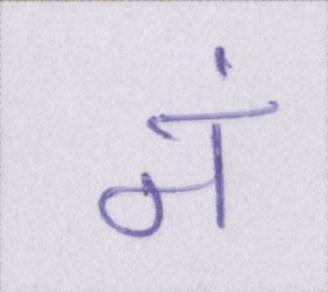
नं